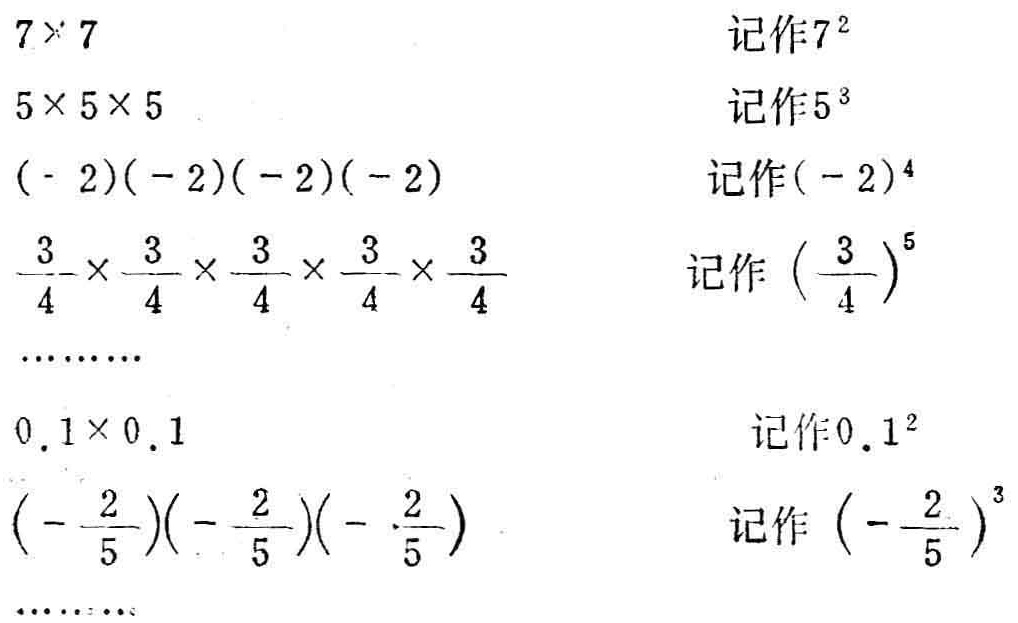
$

\begin{align*}

7\times7&\text{ 记作}7^{2}\\

5\times5\times5&\text{ 记作}5^{3}\\

(-2)(-2)(-2)(-2)&\text{ 记作}(-2)^{4}\\

\frac{3}{4}\times\frac{3}{4}\times\frac{3}{4}\times\frac{3}{4}\times\frac{3}{4}&\text{ 记作}(\frac{3}{4})^{5}\\

\cdots\cdots\\

0.1\times0.1&\text{ 记作}0.1^{2}\\

(-\frac{2}{5})(-\frac{2}{5})(-\frac{2}{5})&\text{ 记作}(-\frac{2}{5})^{3}\\

\cdots\cdots

\end{align*}

$